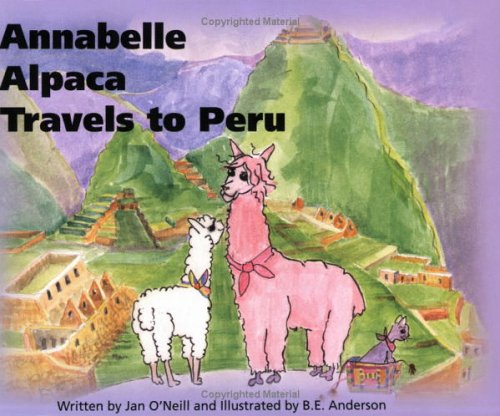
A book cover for Annabelle Alpaca Travels to Peru; Jan O'Neill; Travel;